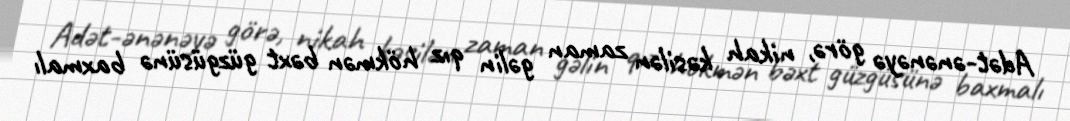
Adət-ənənəyə görə, nikah kəsilən zaman gəlin qız hökmən bəxt güzgüsünə baxmalı